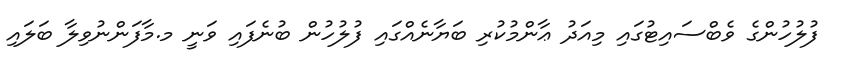
ފުލުހުންގެ ވެބްސައިޓުގައި މިއަދު ޢާންމުކުރި ބަޔާނެއްގައި ފުލުހުން ބުނެފައި ވަނީ މ.މާފަންނުވިލާ ބަލައި